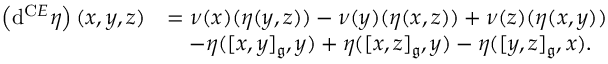
\begin{array} { r l } { \left( \mathrm { d } ^ { \mathrm C E } \eta \right) ( x , y , z ) } & { = \nu ( x ) ( \eta ( y , z ) ) - \nu ( y ) ( \eta ( x , z ) ) + \nu ( z ) ( \eta ( x , y ) ) } \\ & { \quad - \eta ( [ x , y ] _ { \mathfrak { g } } , y ) + \eta ( [ x , z ] _ { \mathfrak { g } } , y ) - \eta ( [ y , z ] _ { \mathfrak { g } } , x ) . } \end{array}